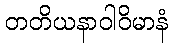
တတိယနာဝါဝိမာနံ